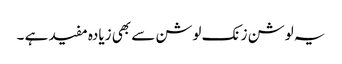
یہ لوشن زنک لوشن سے بھی زیادہ مفید ہے ۔